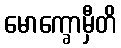
မောက္ခောမှီတိ